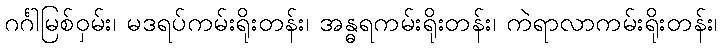
ဂင်္ဂါမြစ်ဝှမ်း၊ မဒရပ်ကမ်းရိုးတန်း၊ အန္ဓရကမ်းရိုးတန်း၊ ကဲရာလာကမ်းရိုးတန်း၊